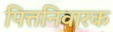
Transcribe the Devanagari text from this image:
पित्तनिवारक